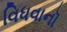
વિધવાનૉ